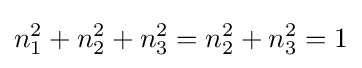
n_{1}^{2}+n_{2}^{2}+n_{3}^{2}=n_{2}^{2}+n_{3}^{2}=1